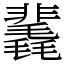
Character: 䩁